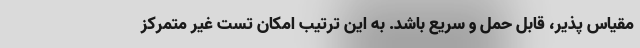
مقیاس پذیر، قابل حمل و سریع باشد. به این ترتیب امکان تست غیر متمرکز